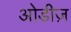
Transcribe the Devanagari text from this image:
ओडीज़